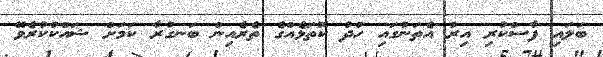
ބަލައި ފާސްކުރި އިރު އެތަނުގައި ހުދު ކޮތަޅެއްގެ ތެރެއިން ބަނގުރާ ކަމަށް ޝައްކުކުރެވޭ